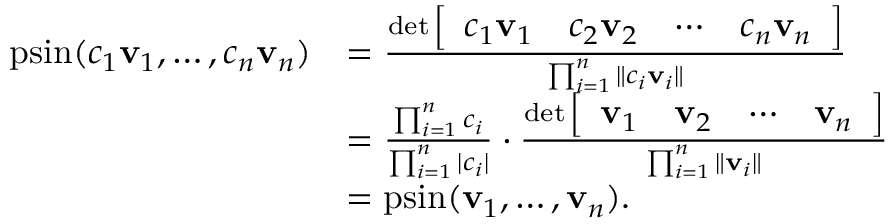
{ \begin{array} { r l } { \operatorname { p s i n } ( c _ { 1 } \mathbf { v } _ { 1 } , \dots , c _ { n } \mathbf { v } _ { n } ) } & { = { \frac { \operatorname* { d e t } { \left[ \begin{array} { l l l l } { c _ { 1 } \mathbf { v } _ { 1 } } & { c _ { 2 } \mathbf { v } _ { 2 } } & { \cdots } & { c _ { n } \mathbf { v } _ { n } } \end{array} \right] } } { \prod _ { i = 1 } ^ { n } \| c _ { i } \mathbf { v } _ { i } \| } } } \\ & { = { \frac { \prod _ { i = 1 } ^ { n } c _ { i } } { \prod _ { i = 1 } ^ { n } | c _ { i } | } } \cdot { \frac { \operatorname* { d e t } { \left[ \begin{array} { l l l l } { \mathbf { v } _ { 1 } } & { \mathbf { v } _ { 2 } } & { \cdots } & { \mathbf { v } _ { n } } \end{array} \right] } } { \prod _ { i = 1 } ^ { n } \| \mathbf { v } _ { i } \| } } } \\ & { = \operatorname { p s i n } ( \mathbf { v } _ { 1 } , \dots , \mathbf { v } _ { n } ) . } \end{array} }